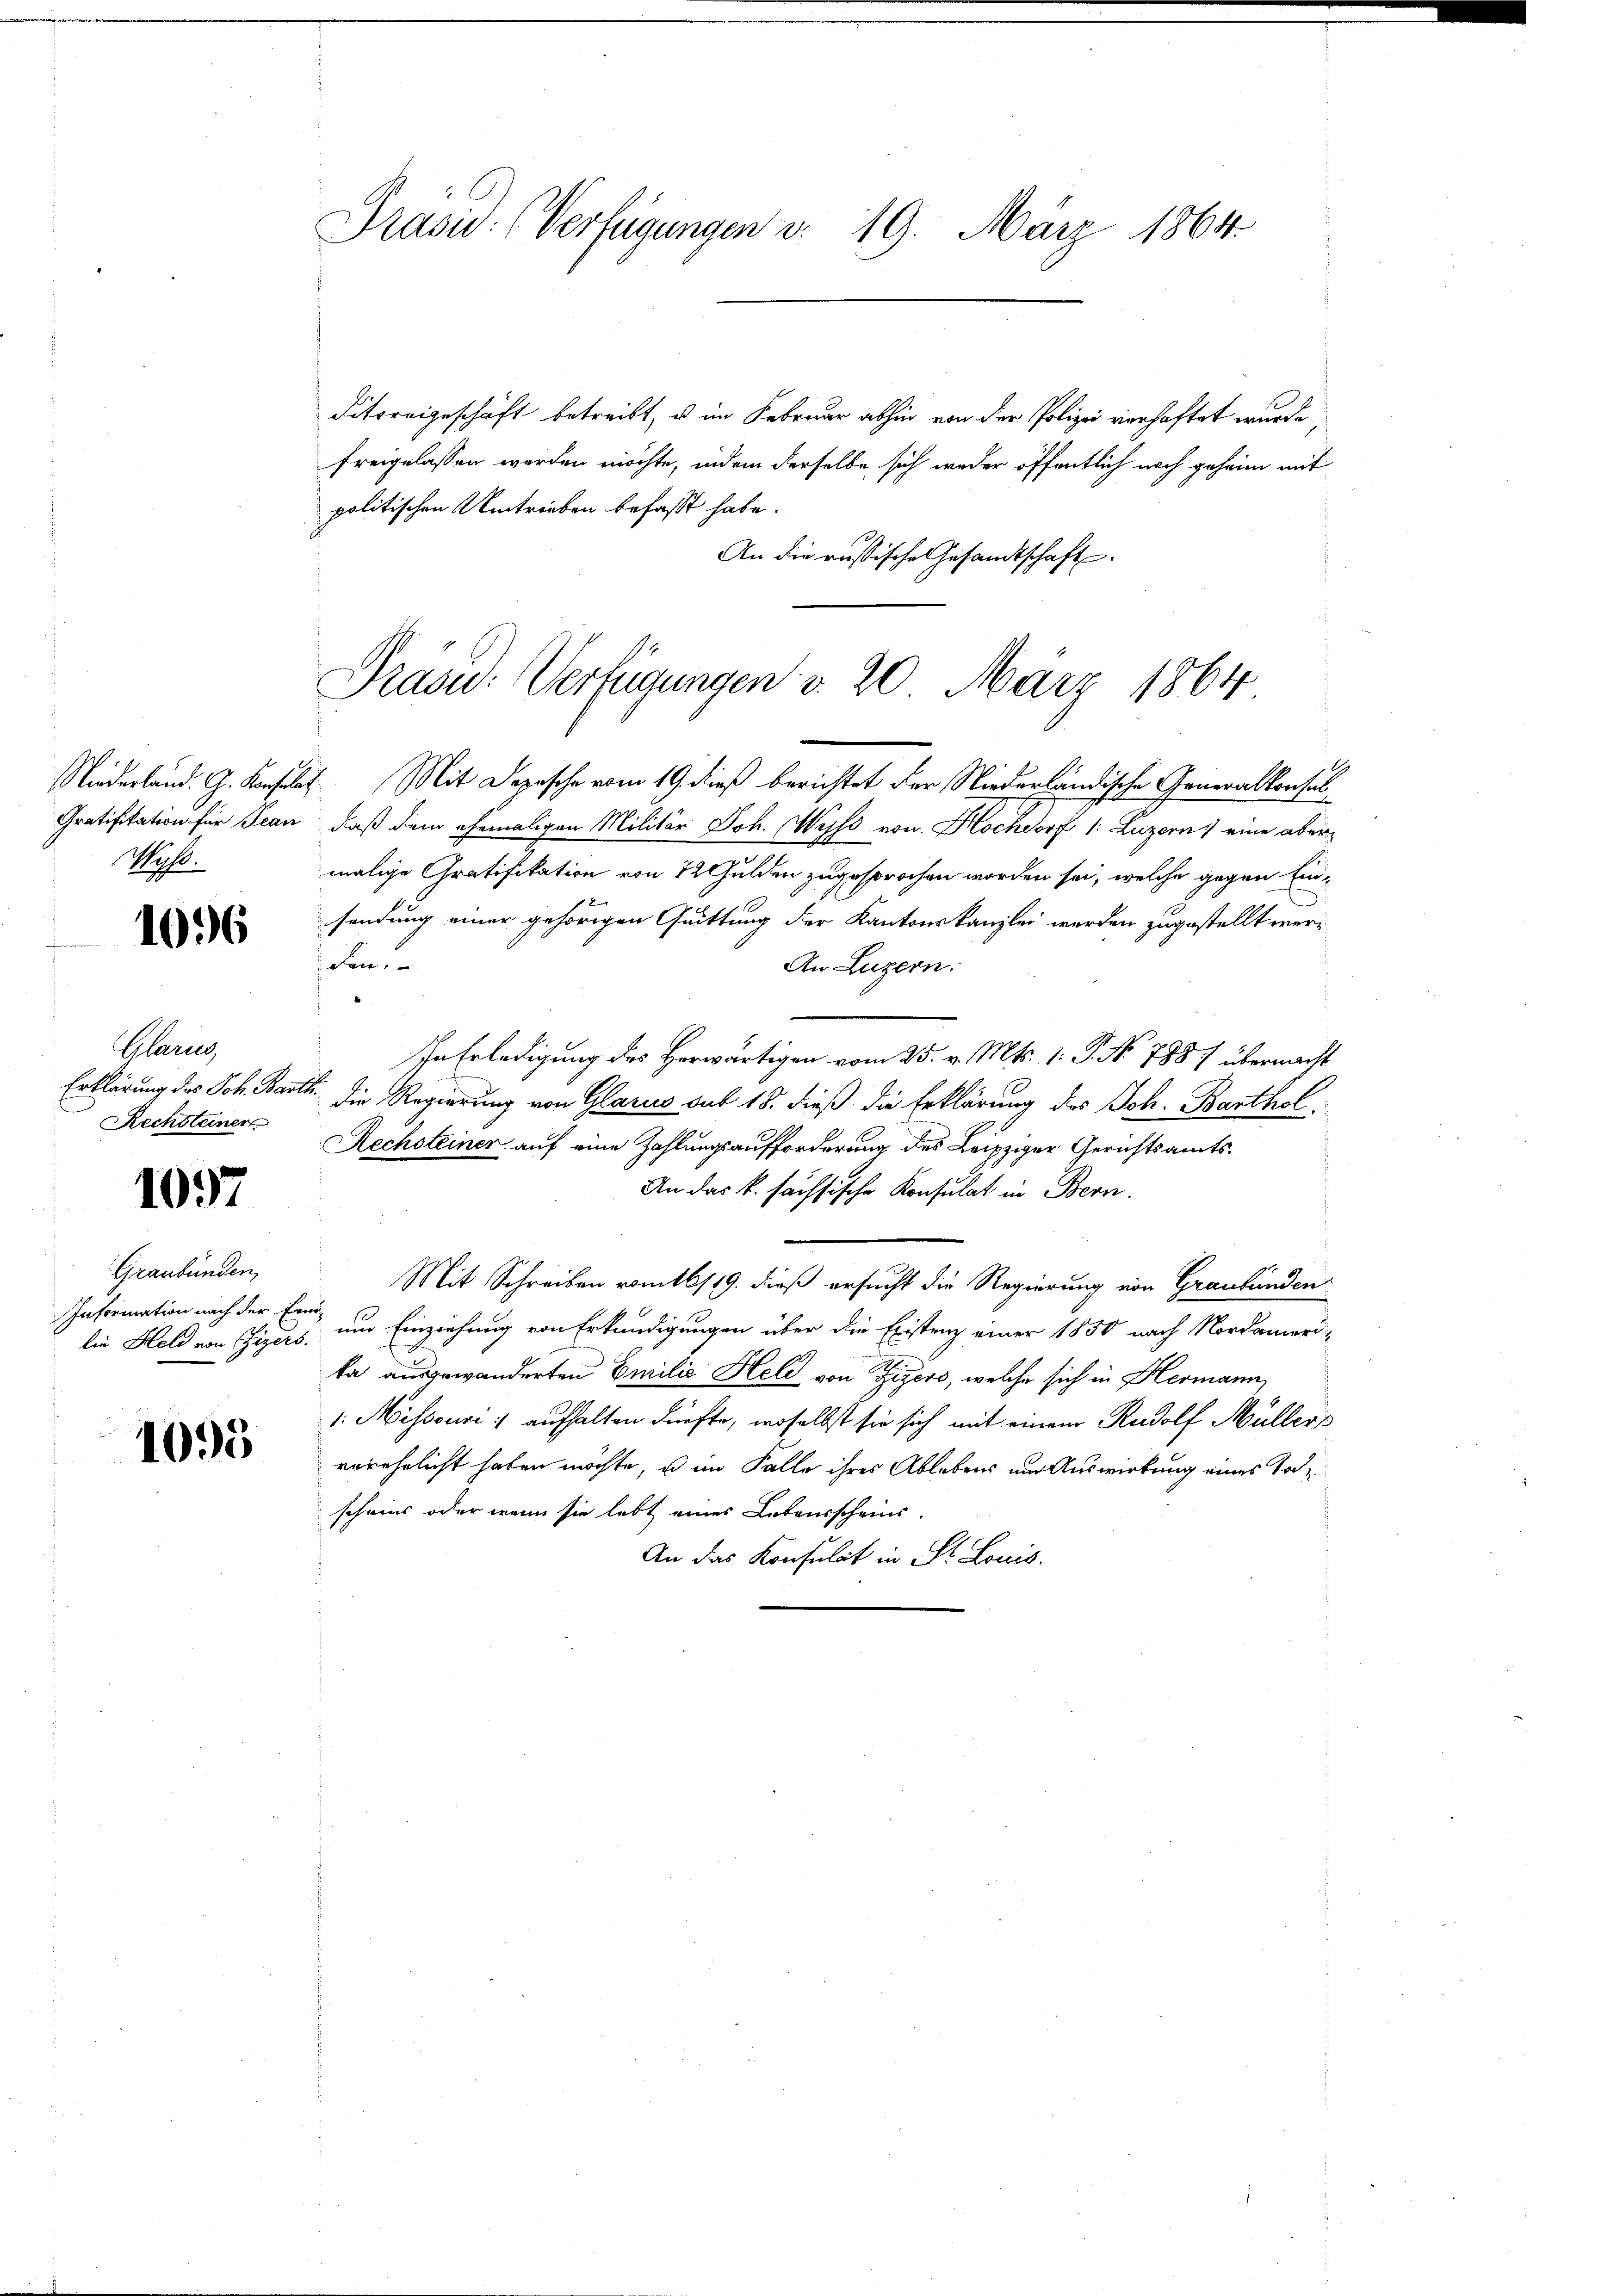
Mich.

1096

Glarus,
Rechsteiner

1057

Graubünden,
Information nach der Freidie Held von Pfizers.

1095

Prasiv: (Verfügungen v. 19. März 1864.

ditoreigeschäft betreibt, u im Februar abhin von der Polizei verhaftet wurde,
freigelassen werden möchte, indem derselbe sich weder öffentlich noch geheim mit
politischen Umtrieben befasst habe.
An die russische Gesandtschaft.

Pras: Verfügungen v. 20. März 1864

Niederland. G. Konsulat. Mit Depesche vom 19. dieß berichtet der Niederländische Generalkonsul¬
Gratifikation für Jean, daß dem ehemaligen Militär Joh. Wyss von Hochdorf 1: Luzern eine abermalige Gratifikation von 12 Gulden zugesprochen worden sei, welche gegen Einsendung einer gehörigen Quittung der Kantonskanzlei werden zugestellt werden,
An Luzern:
In Erledigung des Herwärtigen vom 25. v. Mts. 1. P. No 788 / übermacht
Erklärung des Joh. Bartl. die Regierung von Glarus sub 18. dieß die Erklärung des Joh. Barthol
Rechsteiner auf eine Zahlungsaufforderung des Leipziger Gerichtsamts¬
An das k. fachsische Konsulat in Bern.
Mit Schreiben romtl/19. dieß ersucht die Regierung von Graubünden
und Einziehung von Erkundigungen über die Existenz einer 1850 nach Nordameri-
ka ausgewanderten Emilie Held von Zizers, welche sich in Hermann,
1. Missouri :/ aufhalten dürfte, woselbst sie sich mit einem Rudolf Müllers
verehelicht haben möchte, u im Falle ihres Ablebens um Auswirkung eines Tochscheins oder wenn sie lebt eines Lebensscheins
An das Konsulat in St. Louis.